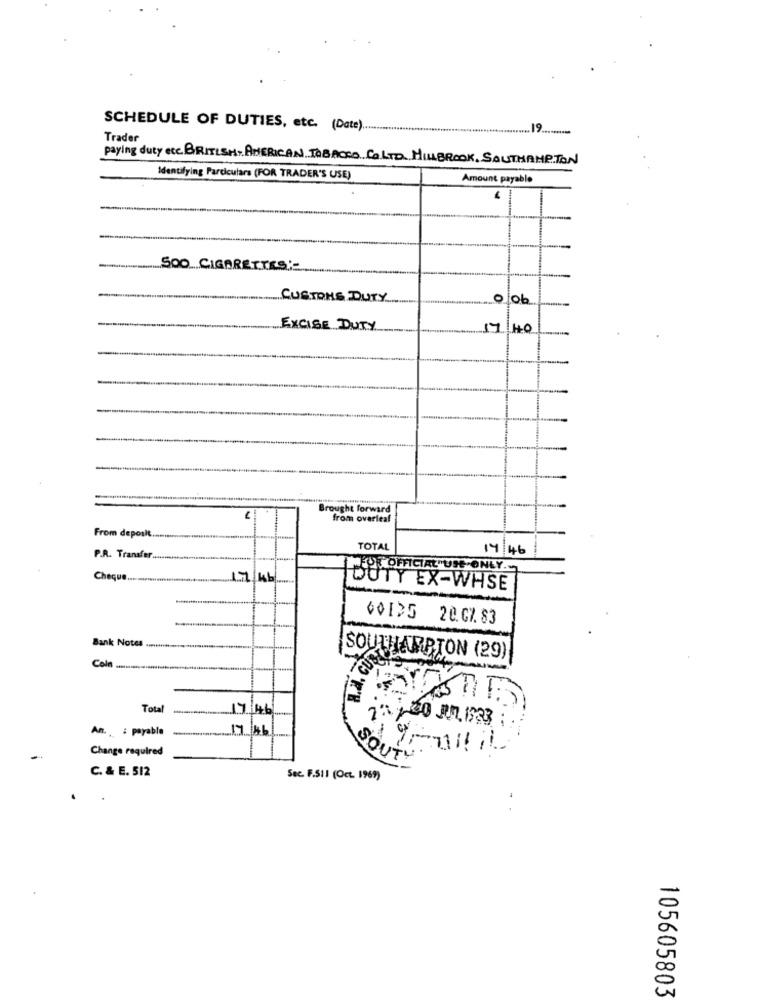
SCHEDULE OF DUTIES, etc. (Date).
.19
Trader
paying duty ere BRITISH AMERICAN TOBACCO COLTO MILLBROOK, SOUTHAMPTON
Identifying Particulars (FOR TRADER'S USE)
Amount payable
500 CIGARETTES :-
CUSTOMS DUTY
O
ob
EXCISE DUTY
17
HO
Brought forward
from ovariesl
From deposit.
TOTAL
14:46
P.R. Transfer .....
PEUT OFFICIAL"USE-ONLY .-
Cheque.
17 kb
DUTY EX-WHSE
60135 20.07.83
Bank Notes ..........
Coln
SOUTHAMPTON (29)
Total
17
46
17/46
An. .: payable
Change required
SOUTH
C. & E. 512
Sec. F.S11 (Oct. 1969)
105605803